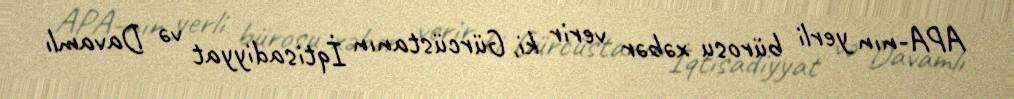
APA-nın yerli bürosu xəbər verir ki, Gürcüstanın İqtisadiyyat və Davamlı